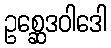
ဥစ္ဆေဒဝါဒေါ